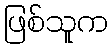
ဖြစ်သူက